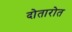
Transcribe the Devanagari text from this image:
दोतारोत